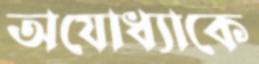
অযোধ্যাকে